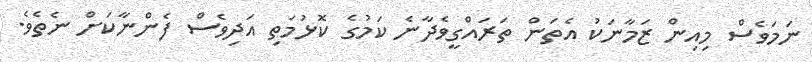
ނަމަވެސް މިއިން ޒަމާނަކު އެތަން ތަރައްގީވެދާނެ ކަމުގެ ކޮޅުމަތި އަދިވެސް ފެންނާކަށް ނެތެވެ.